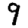
Digit: 9